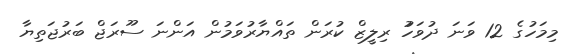
މިމަހުގެ 12 ވަނަ ދުވަހުު ރިލީޒް ކުރަން ތައްޔާރުވަމުން އަންނަ ސޫރަޖް ބަރުޖަތިޔާ